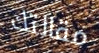
مقالتك